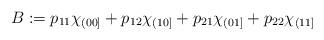
LaTeX: \begin{align*}B := p_{11} \chi_{(00]} + p_{12} \chi_{(10]} + p_{21} \chi_{(01]} + p_{22} \chi_{(11]} \end{align*}